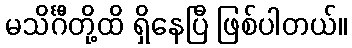
မသိင်္ဂီတို့ထိ ရှိနေပြီ ဖြစ်ပါတယ်။